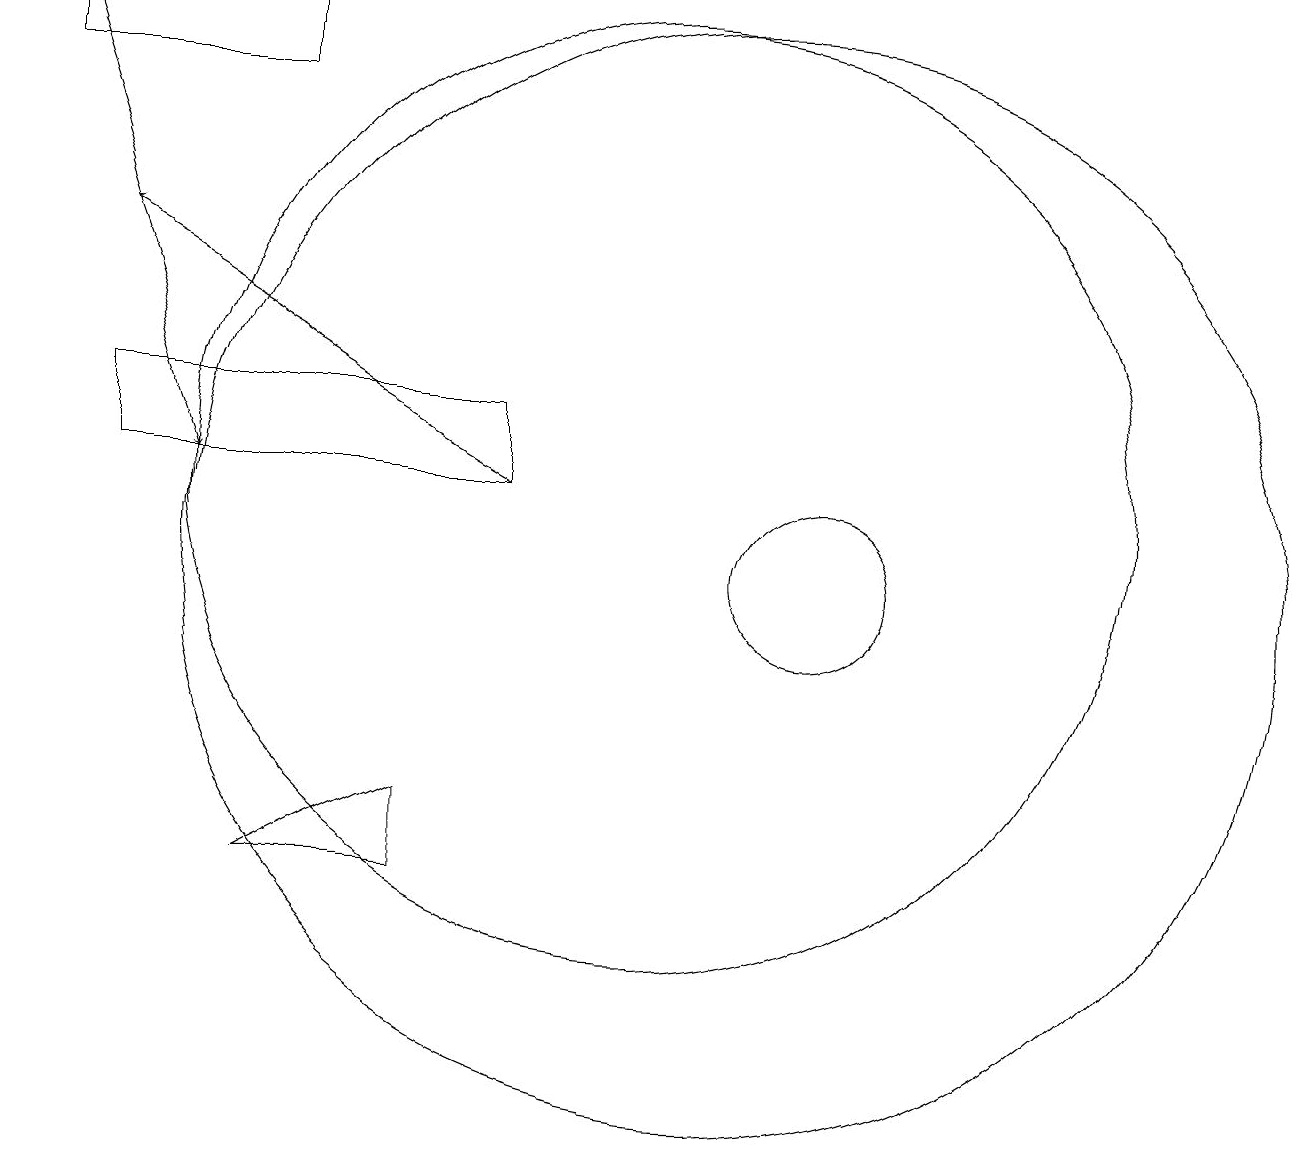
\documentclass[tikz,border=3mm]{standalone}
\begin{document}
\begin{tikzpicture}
\draw (3,11) rectangle (8,12);
\draw (12,10) circle (1);
\draw (7,6) -- (7,7) -- (5,6) -- cycle;
\draw[->] (2,17) -- (4,11);
\draw (10,11) circle (6);
\draw (11,10) circle (7);
\draw[->] (8,11) -- (3,14);
\draw (2,17) rectangle (5,16);
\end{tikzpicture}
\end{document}